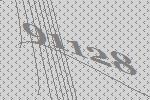
91128